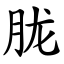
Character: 胧